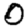
Digit: 0